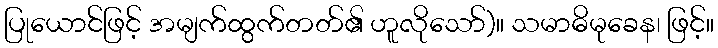
ပြုယောင်ဖြင့် အမျက်ထွက်တတ်၏ ဟူလိုသော်)။ သမာဓိမုခေန၊ ဖြင့်။